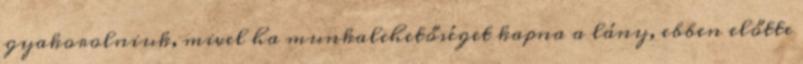
gyakorolniuk, mivel ha munkalehetőséget kapna a lány, ebben előtte